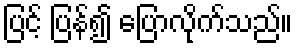
ပြင့် ပြန်၍ ပြောလိုက်သည်။